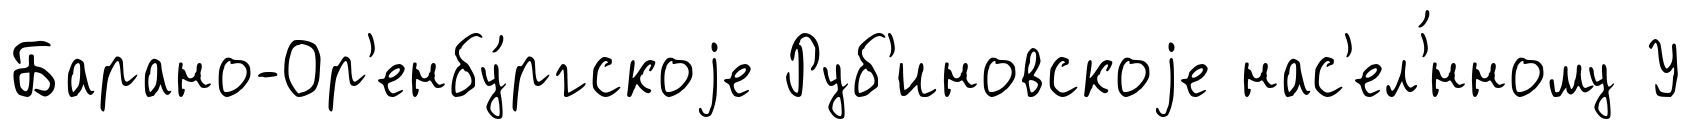
Барано-Ор'енбу́ргскоjе Руб'иновскоjе нас'ел'́нному У